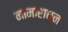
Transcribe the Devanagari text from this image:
नामाराधन